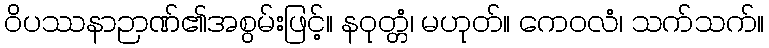
ဝိပဿနာဉာဏ်၏အစွမ်းဖြင့်။ နဝုတ္တံ၊ မဟုတ်။ ကေဝလံ၊ သက်သက်။